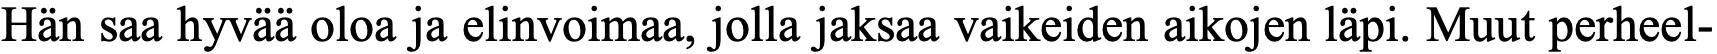
Hän saa hyvää oloa ja elinvoimaa, jolla jaksaa vaikeiden aikojen läpi. Muut perheel-